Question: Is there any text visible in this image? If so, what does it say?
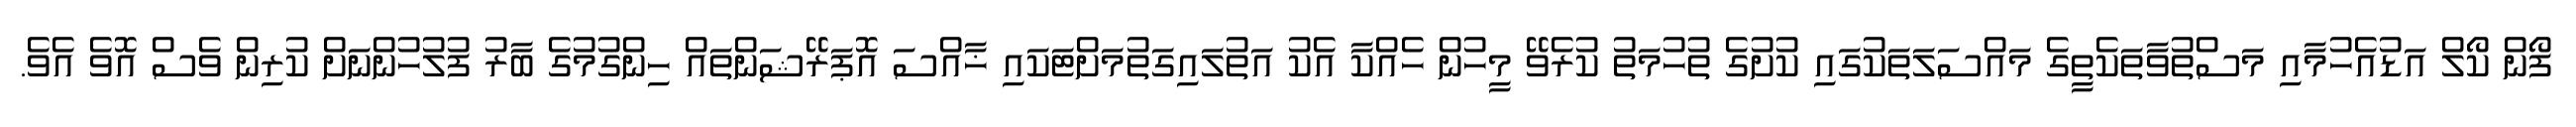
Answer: ފޯން ކޯލް އަޑުއެހުމާއި މަސްތުވާތަކެތީގެ މައްސަލަތަކުގައި ކުށުގެ ތުހުމަތު ކުރެވޭ މީހުން ހެއްކާ އެކު އަތުލައިގަތުމަށްޓަކައި ޚާއްސަ އޮޕަރޭޝަންތައް ހިންގުމުގެ ބާރު ފުލުހުންނަށް ކުރިން ވެސް އޮވެ އެވެ.